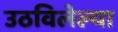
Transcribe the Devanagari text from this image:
उठविलेल्या